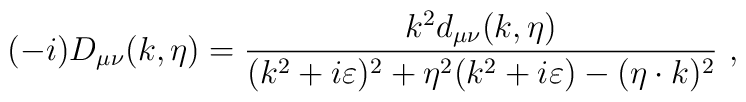
(-i)D_{\mu\nu}(k,\eta)={k^2 d_{\mu\nu}(k,\eta)\over (k^2+i\varepsilon)^2+\eta^2(k^2+i\varepsilon)-(\eta\cdot k)^2}\ ,